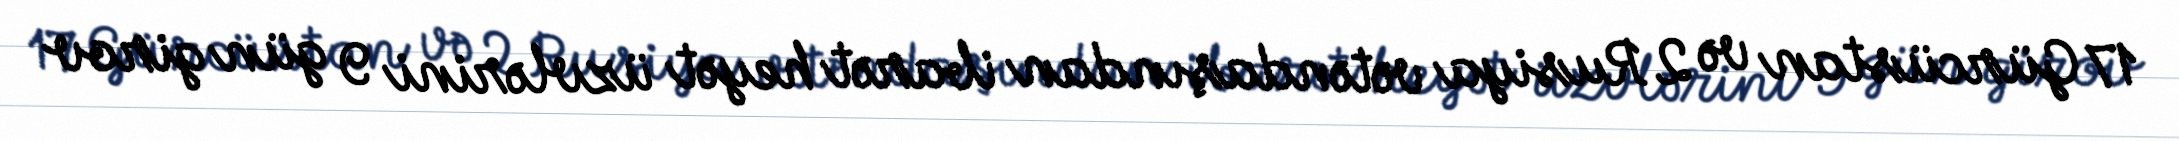
17 Gürcüstan və 2 Rusiya vətəndaşından ibarət heyət üzvlərini 9 gün girov